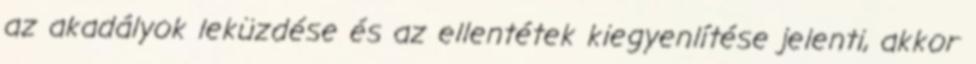
az akadályok leküzdése és az ellentétek kiegyenlítése jelenti, akkor